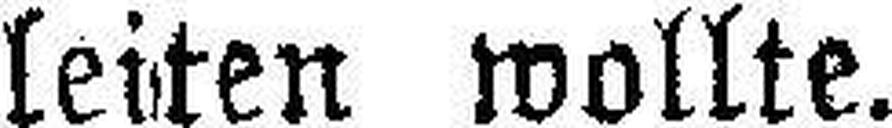
leiten wollte.